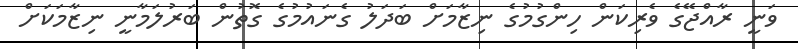
ވަނީ ރާއްޖޭގެ ވެރިކަން ހިންގުމުގެ ނިޒާމަށް ބަދަލު ގެނައުމުގެ ގޮތުން ބަރުލަމާނީ ނިޒާމަކަށް